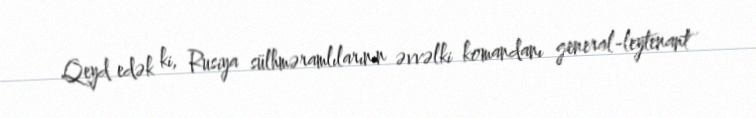
Qeyd edək ki, Rusiya sülhməramlılarının əvvəlki komandanı general-leytenant